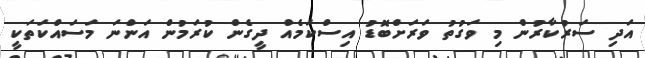
އަދި ސަރުކާރުން މި ވަގުތު ވަރަށްބޮޑު އިސްކަމެއް ދީގެން ކުރަމުން އަންނަ މަސައްކަތަކީ